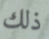
ذلك